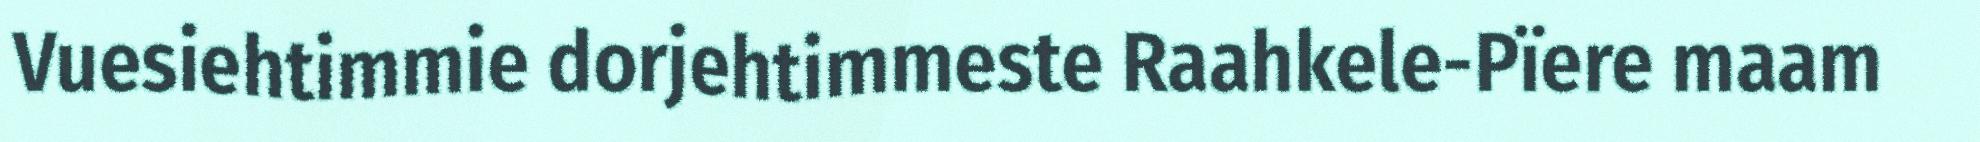
Vuesiehtimmie dorjehtimmeste Raahkele-Pïere maam